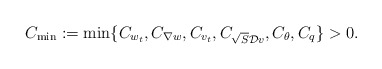
\begin{align*}C_{\min} := \min\{C_{w_{t}}, C_{\nabla w}, C_{v_{t}}, C_{\sqrt{S} \mathcal{D} v}, C_{\theta}, C_{q}\} > 0. \end{align*}